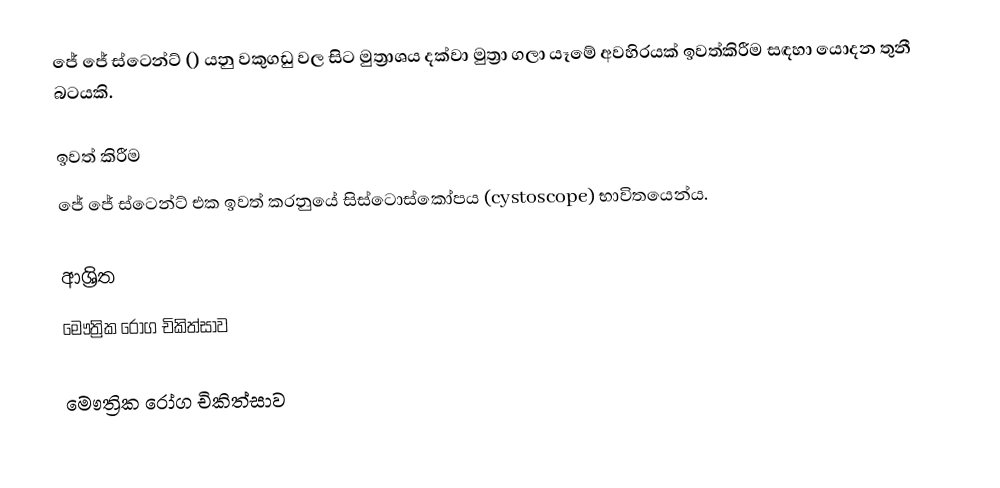
ජේ ජේ ස්ටෙන්ට් () යනු වකුගඩු වල සිට මුත්‍රාශය දක්වා මුත්‍රා ගලා යෑමේ අවහිරයක් ඉවත්කිරීම සඳහා යොදන තුනී බටයකි.

ඉවත් කිරීම
ජේ ජේ ස්ටෙන්ට් එක ඉවත් කරනුයේ සිස්ටොස්කෝපය (cystoscope) භාවිතයෙන්ය.

ආශ්‍රිත
 මෞත්‍රික රෝග චිකිත්සාව

මෞත්‍රික රෝග චිකිත්සාව